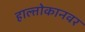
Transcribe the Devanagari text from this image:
हाल्तोकानवर